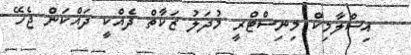
އިސްލާމިކް މިނިސްޓްރީ މުދަލު ޒަކާތް ދެއްކީ ދައްކަން ޖެހޭ